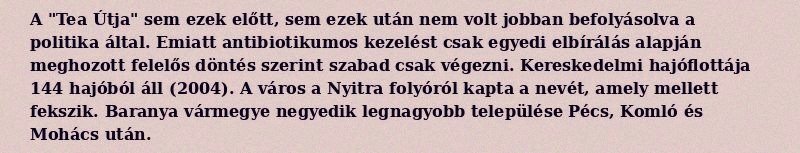
A "Tea Útja" sem ezek előtt, sem ezek után nem volt jobban befolyásolva a politika által. Emiatt antibiotikumos kezelést csak egyedi elbírálás alapján meghozott felelős döntés szerint szabad csak végezni. Kereskedelmi hajóflottája 144 hajóból áll (2004). A város a Nyitra folyóról kapta a nevét, amely mellett fekszik. Baranya vármegye negyedik legnagyobb települése Pécs, Komló és Mohács után.